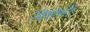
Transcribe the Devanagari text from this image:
दिशेनी